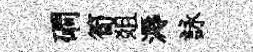
磵筍爼溽詠